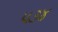
૫૩૪